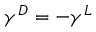
\gamma ^ { D } = - \gamma ^ { L }